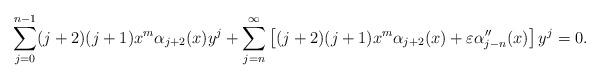
LaTeX: \begin{align*}\sum_{j=0}^{n-1}(j+2)(j+1)x^m\alpha_{j+2}(x)y^j+\sum_{j=n}^{\infty}\left[(j+2)(j+1)x^m\alpha_{j+2}(x)+\varepsilon\alpha''_{j-n}(x)\right]y^j=0.\end{align*}